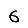
Digit: 6